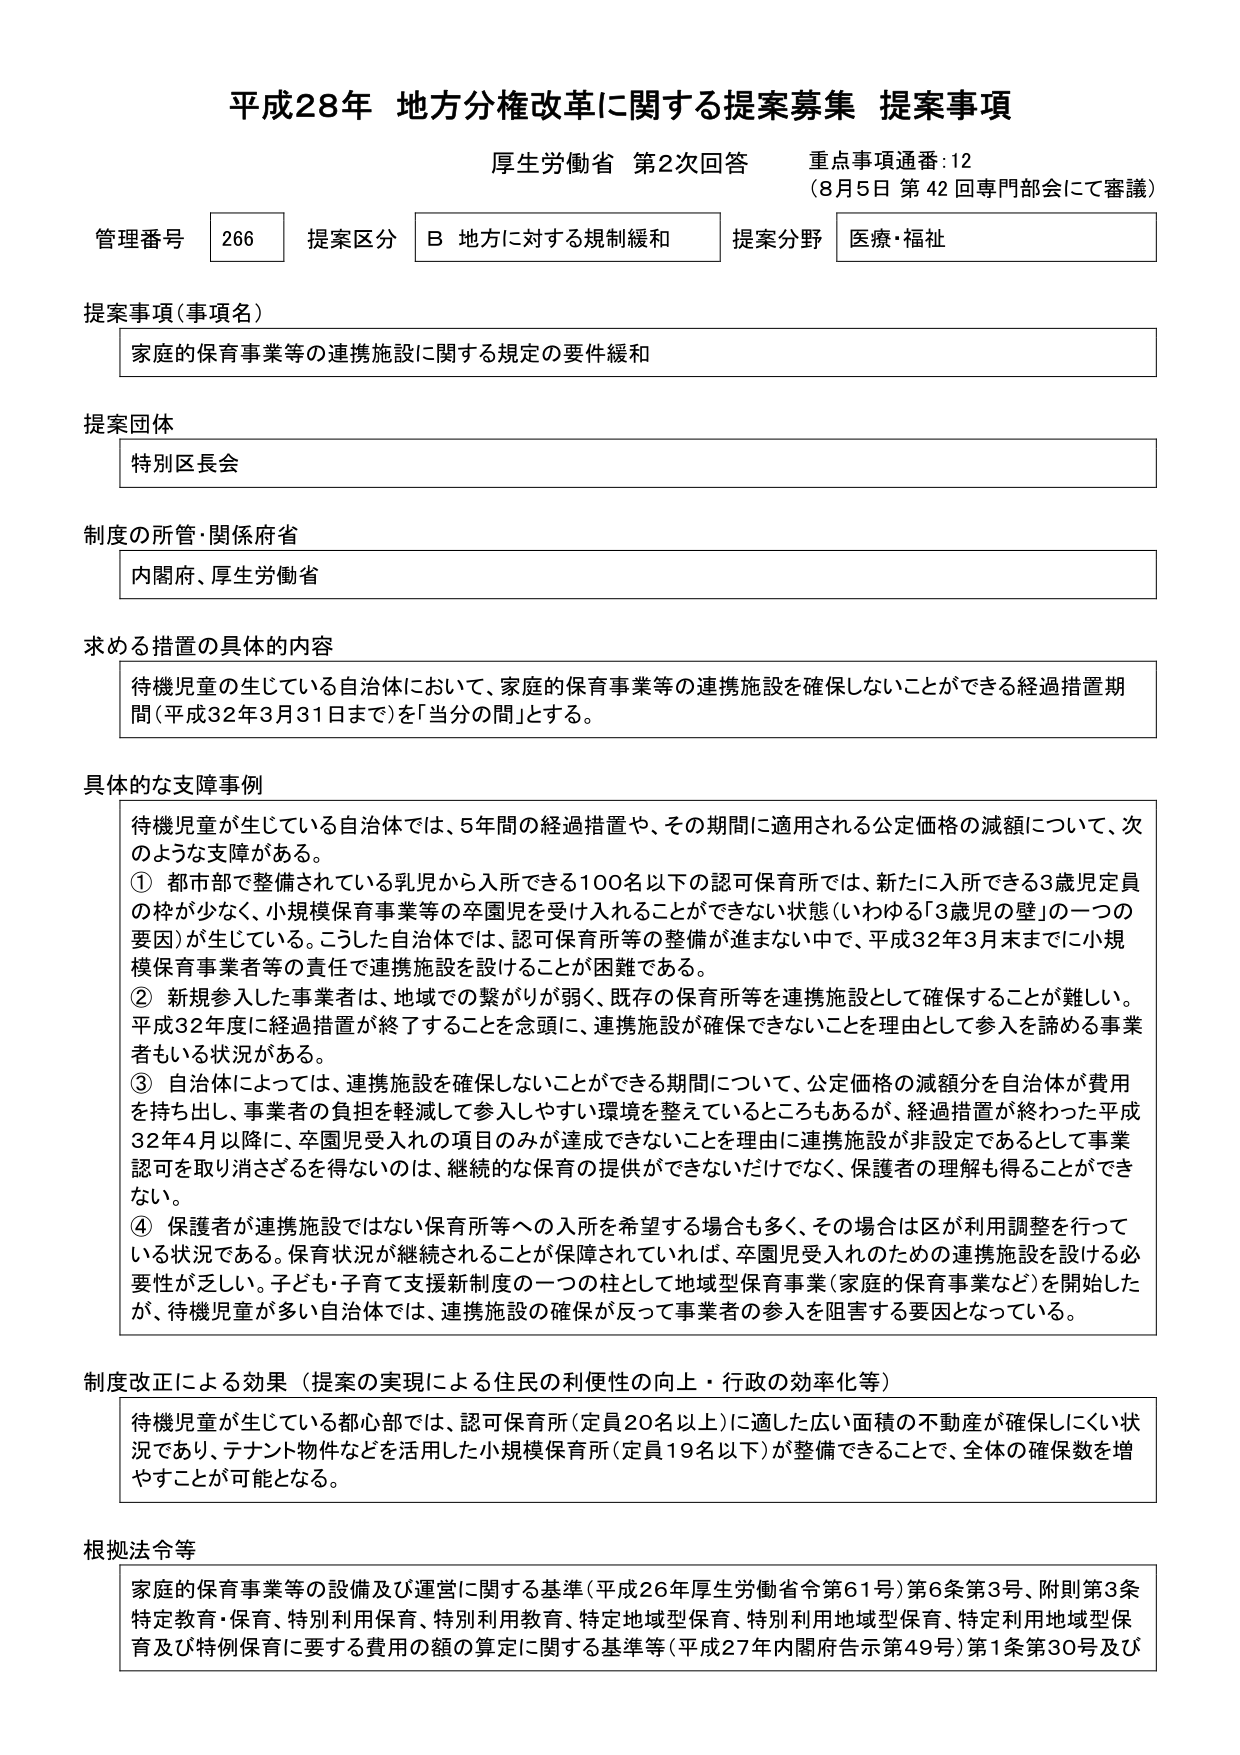
平成28年 地方分権改革に関する提案募集 提案事項
厚生労働省 第2次回答 重点事項通番:12
（8月5日 第42回専門部会にて審議）

管理番号 266 提案区分 B 地方に対する規制緩和 提案分野 医療・福祉

提案事項（事項名）
家庭的保育事業等の連携施設に関する規定の要件緩和

提案団体
特別区長会

制度の所管・関係府省
内閣府、厚生労働省

求める措置の具体的内容
待機児童の生じている自治体において、家庭的保育事業等の連携施設を確保しないことができる経過措置期間（平成32年3月31日まで）を「当分の間」とする。

具体的な支障事例
待機児童が生じている自治体では、5年間の経過措置や、その期間に適用される公定価格の減額について、次のような支障がある。
① 都市部で整備されている乳児から入所できる100名以下の認可保育所では、新たに入所できる3歳児定員の枠が少なく、小規模保育事業等の卒園児を受け入れることができない状態（いわゆる「3歳児の壁」の一つの要因）が生じている。こうした自治体では、認可保育所等の整備が進まない中で、平成32年3月末までに小規模保育事業者等の責任で連携施設を設けることが困難である。
② 新規参入した事業者は、地域での繋がりが弱く、既存の保育所等を連携施設として確保することが難しい。平成32年度に経過措置が終了することを念頭に、連携施設が確保できないことを理由として参入を諦める事業者もいる状況がある。
③ 自治体によっては、連携施設を確保しないことができる期間について、公定価格の減額分を自治体が費用を持ち出し、事業者の負担を軽減して参入しやすい環境を整えているところもあるが、経過措置が終わった平成32年4月以降に、卒園児受入れの項目のみが達成できないことを理由に連携施設が非設定であるとして事業認可を取り消さざるを得ないのは、継続的な保育の提供ができないただけでなく、保護者の理解も得ることができない。
④ 保護者が連携施設ではない保育所等への入所を希望する場合も多く、その場合は区が利用調整を行っている状況である。保育状況が継続されることが保障されていれば、卒園児受入れのための連携施設を設ける必要性が乏しい。子ども・子育て支援新制度の一つの柱として地域型保育事業（家庭的保育事業など）を開始したが、待機児童が多い自治体では、連携施設の確保が反って事業者の参入を阻害する要因となっている。

制度改正による効果（提案の実現による住民の利便性の向上・行政の効率化等）
待機児童が生じている都心部では、認可保育所（定員20名以上）に適した広い面積の不動産が確保しにくい状況であり、テナント物件などを活用した小規模保育所（定員19名以下）が整備できることで、全体の確保数を増やすことが可能となる。

根拠法令等
家庭的保育事業等の設備及び運営に関する基準（平成26年厚生労働省令第61号）第6条第3号、附則第3条
特定教育・保育、特別利用保育、特別利用教育、特定地域型保育、特別利用地域型保育、特定利用地域型保育及び特別保育に要する費用の額の算定に関する基準等（平成27年内閣府告示第49号）第1条第30号及び